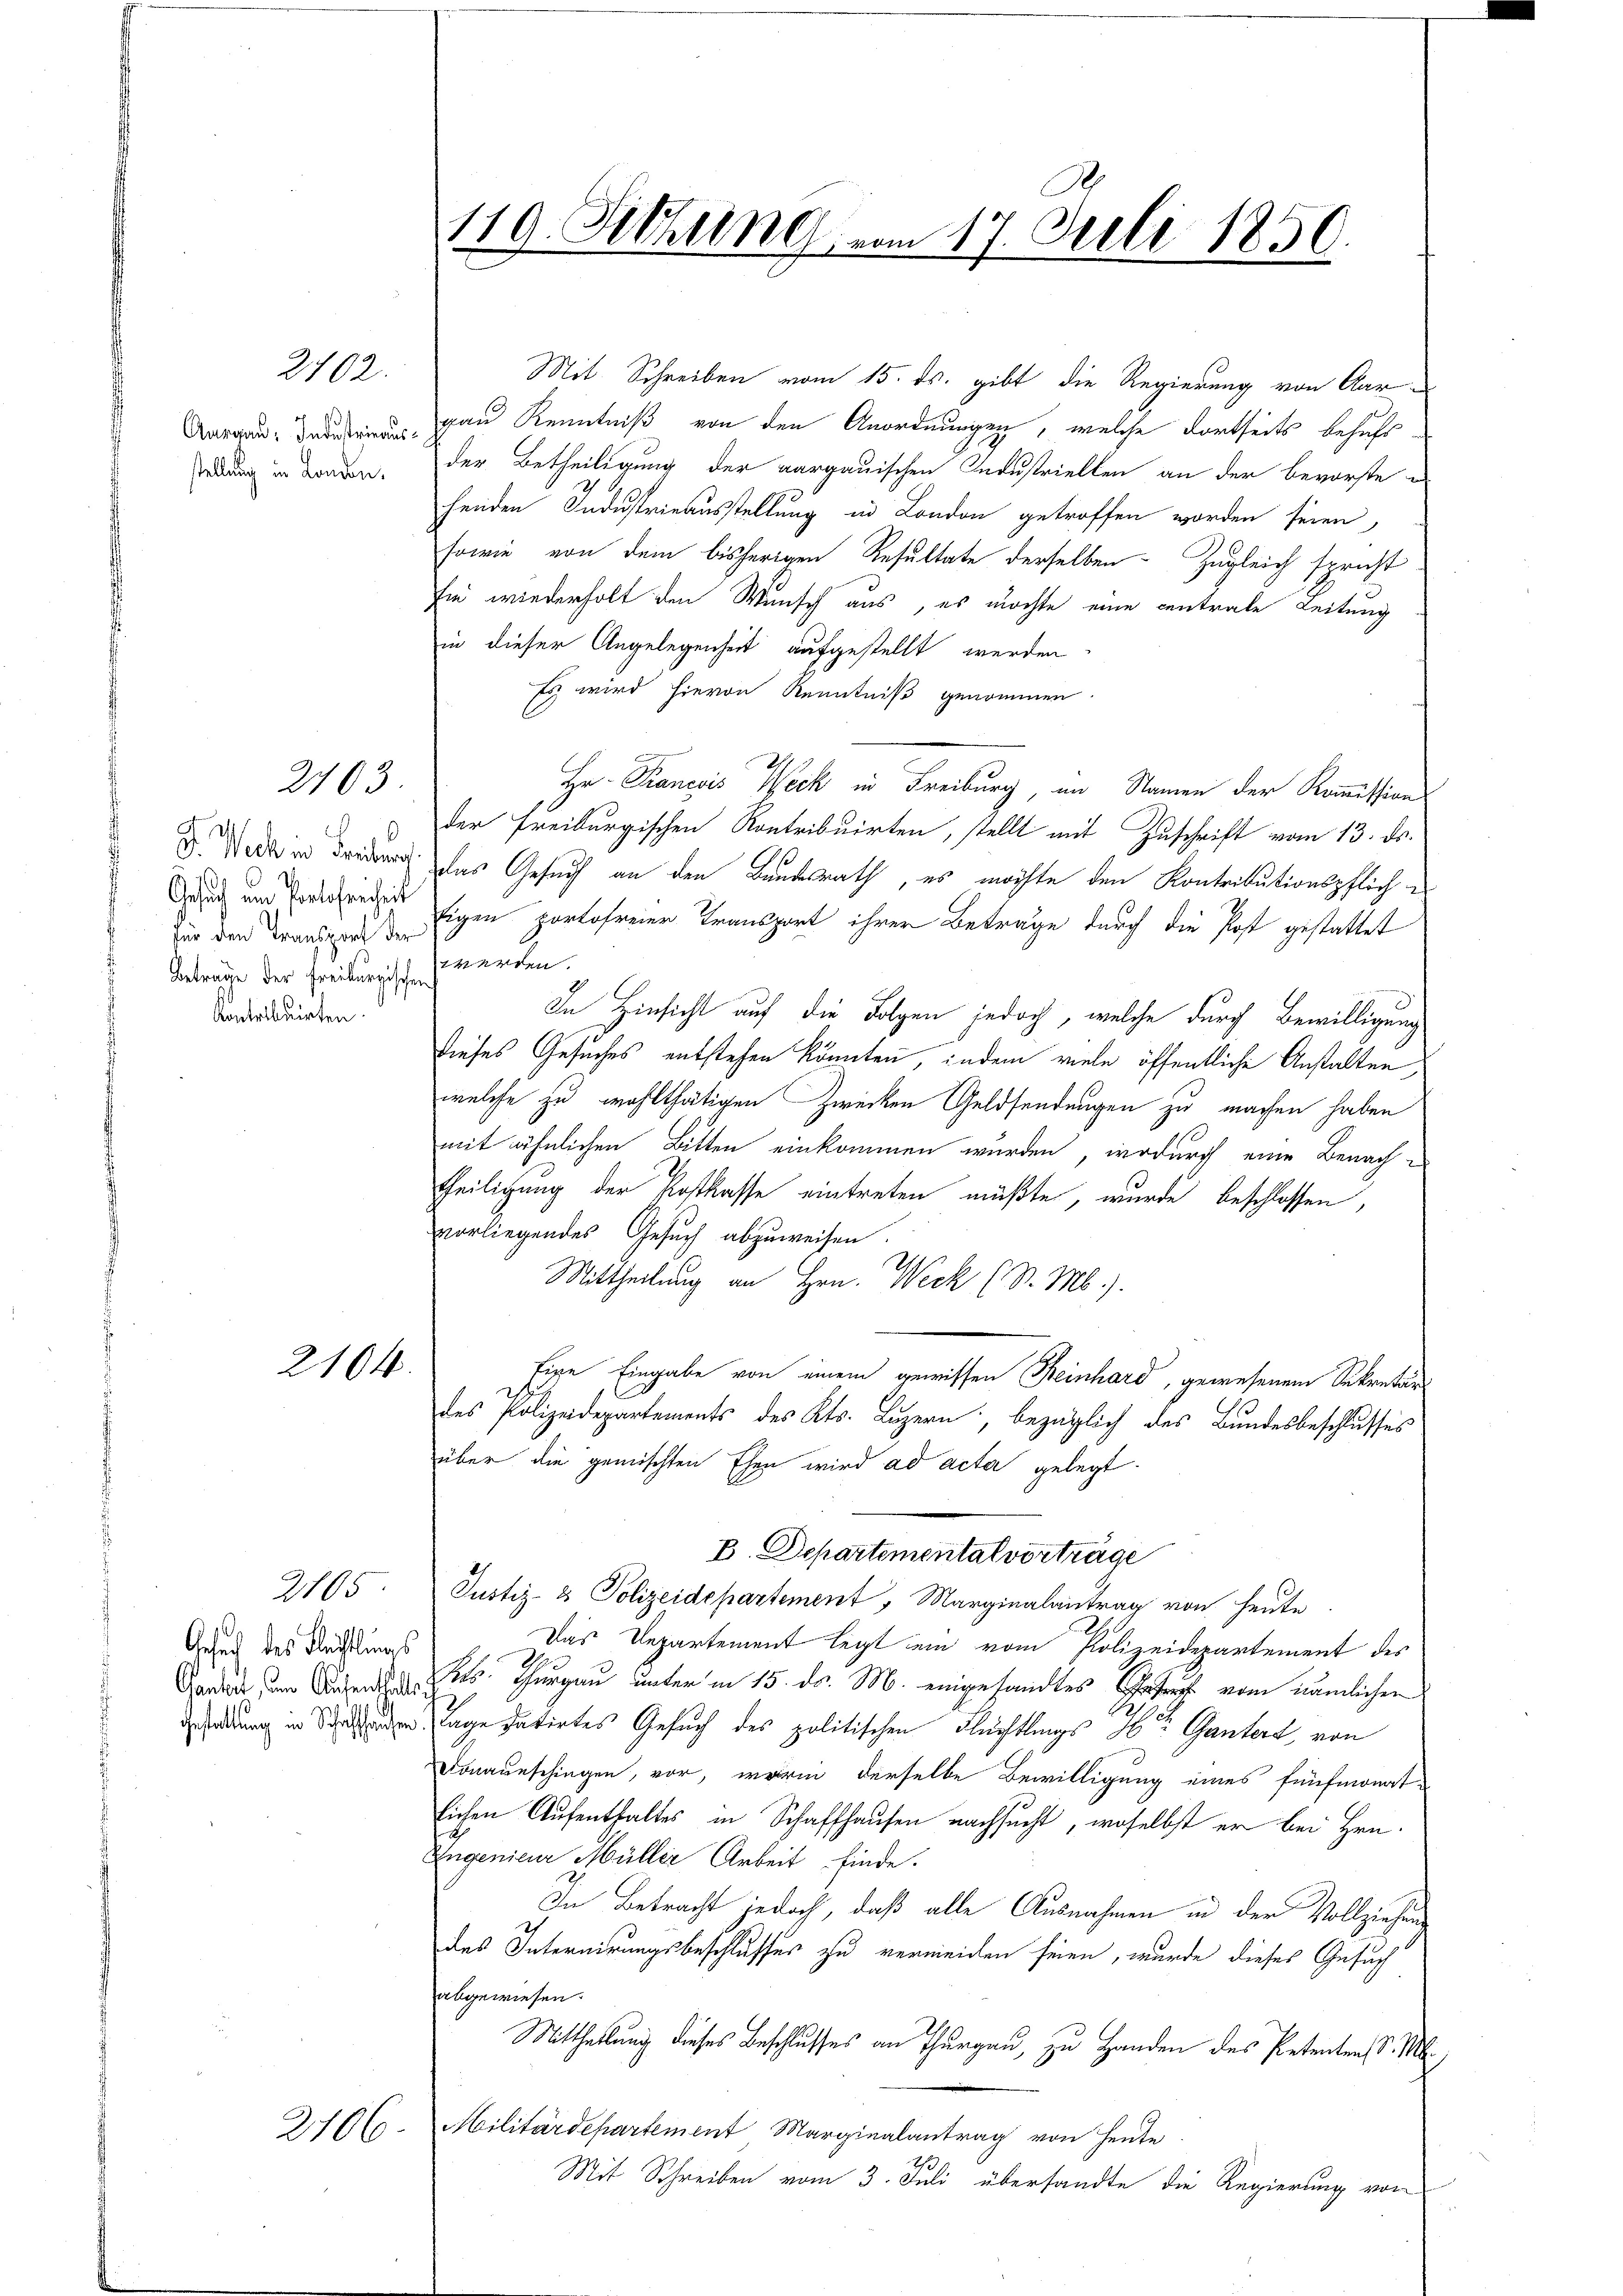
stellung in London.

2702.

2103

Gesuch am Portofreiheit
für den Transport der
Betrage der Freiburgischen werden.
Kontribuirten.

2104.

2105

Gesuch des Fleichtungs

2106

119. Sitzung vom 17. Juli 1850.

Mit Schreiben vom 15. ds. gibt die Regierung von Aar-
Aargau, Freiung gan Kenntniß von den Anordnungen, welche dortseits behufs
der Betheiligung der aargauischen Industriellen an der bevorste e
henden Industrieausstellung in London getroffen worden seien,
sowie von dem bisherigen Resultate derselben Zugleich spricht
Ein wiederholt den Wunsch aus, es möchte eine centrale Leitung
in dieser Angelegenheit aufgestellt werden
Es wird hievon Kenntniß genommen.
Hr. Francois Weck in Freiburg, im Namen der Kommissions
der Freiburgischen Kontribuirten, stellt mit Zuschrift vom 13. ds.
d oder in dredung das Gesuch an den Bundesrath, es möchte den Kontributionspfliche
Eigen portofreier Transport ihrer Beträge durch die Post gestattet
In Hinsicht auf die Folgen jedoch, welche durch Bewilligung
Dieses Gesuches entstehen könnten, indem viele öffentliche Anstalten,
welche zu wohlthätigen Zwecken Geldsendungen zu machen haben
mit ähnlichen Bitten einkommen wurden, wodurch eine Benach¬
Theiligung der Kostkasse eintreten müßte, wurde beschlossen,
vorliegendes Gesuch abzuweisen
Mittheilung an Hrn. Weck (S. M.).
fige Eingabe von einem gewissen Reinhard, gewesenem Sekretär
des Polizeidepartements des Kts. Luzern, bezüglich des Bundesbeschlusses
über die gemischten Ehen wird ad acta gelegt.
B. Departemental vorträge
Justiz- & Polizeidepartement, Marginalantrag von heute
Das Departement legt ein vom Polizeidepartement des
Garden um Aufen s. Thurgau unter in 15. ds. M. eingesandtes Gestricht vom nämlichen
Gehaltung in Schaden Tage datirtes Gesuch des politischen Flüchtlings H: Gantert, von
Donaueschingen, vor, worin derselbe Bewilligung eines fünfmonatlichen Aufenthaltes in Schaffhausen nachsucht, woselbst er bei Hrn.
Eugenieur Müller Arbeit finde.
In Betracht jedoch, daß alle Ausnahmen in der Vollziehen
des Internirungsbeschlusses zu vermeiden seien, wurde dieses Gesuch
abgewiesen.
Mittheilung dieses Beschlusses an Thurgau, zu Handen des Petentens d. M.
Militärdepartement Marginalantrag von Heute
Mit Schreiben vom 3. Juli übersandte die Regierung von